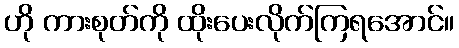
ဟို ကားစုတ်ကို ထိုးပေးလိုက်ကြရအောင်။